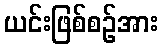
ယင်းဖြစ်စဉ်အား